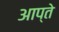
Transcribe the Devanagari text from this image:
आप्ते